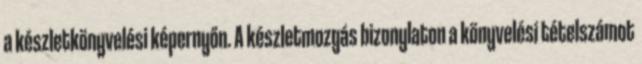
a készletkönyvelési képernyőn. A készletmozgás bizonylaton a könyvelési tételszámot